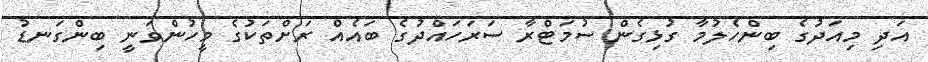
އަދި މިއަދުގެ ބިންހެލުމާ ގުޅިގެން ސުމަޓްރާ ސަރަހައްދުގެ ބައެއް ރަށްތަކުގެ މީހުންވަނީ ބިންގަނޑު